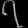
Digit: ၇